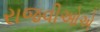
રાજવીઓએ